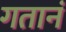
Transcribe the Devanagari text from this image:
गतानं